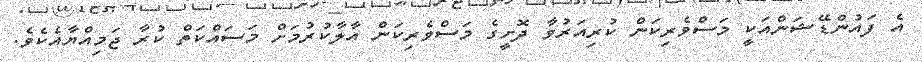
އެ ފައުންޑޭޝަންއަކީ މަސްވެރިކަން ކުރިއަރުވާ ދޮށީގެ މަސްވެރިކަން އާލާކުރުމަށް މަސައްކަތް ކުރާ ޖަމިއްޔާއެކެވެ.